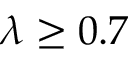
\lambda \ge 0 . 7